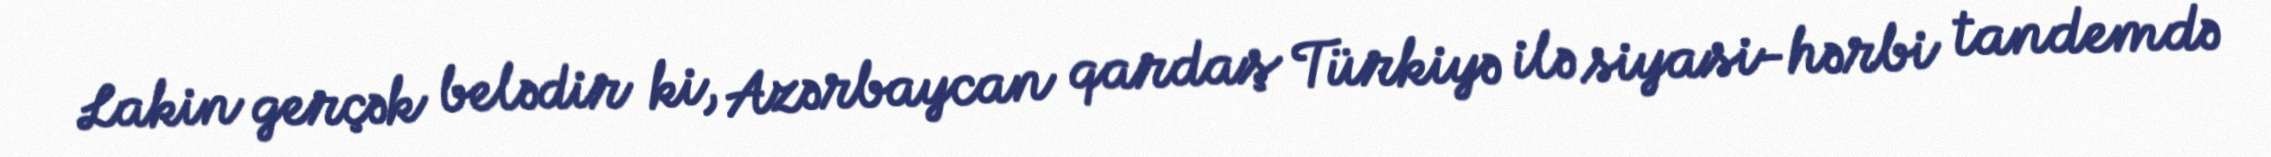
Lakin gerçək belədir ki, Azərbaycan qardaş Türkiyə ilə siyasi-hərbi tandemdə